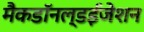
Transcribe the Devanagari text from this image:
मैकडॉनल्डईजेशन